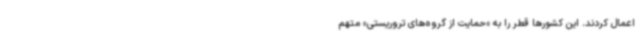
اعمال کردند. این کشورها قطر را به «حمایت از گروه‌های تروریستی» متهم